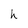
Character: h